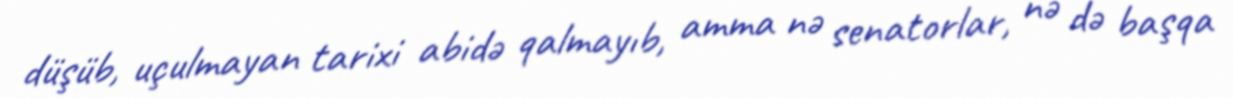
düşüb, uçulmayan tarixi abidə qalmayıb, amma nə senatorlar, nə də başqa